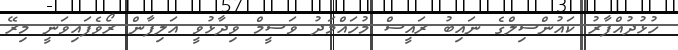
ހުޅުދުއްފާރު ކައުންސިލްގެ ނައިބު ރައީސް މުހައްމަދު ވަސީމް ވިދާޅުވީ އަލިފާން ރޯވެފައިވަނީ މިރޭ